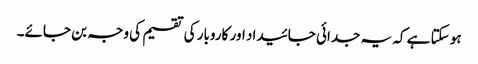
ہو سکتا ہے کہ یہ جدائی جائیداد اور کاروبار کی تقسیم کی وجہ بن جائے۔